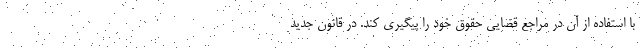
با استفاده از آن در مراجع قضایی حقوق خود را پیگیری کند. در قانون جدید